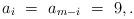
LaTeX: \begin{align*} a_i \ =\ a_{m-i} \ =\ 9,.\end{align*}